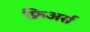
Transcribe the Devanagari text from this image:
फ्रिअर्स